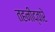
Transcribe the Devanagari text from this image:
तहनीद्वारे